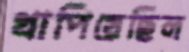
খাপিয়েছিল